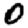
Digit: 0